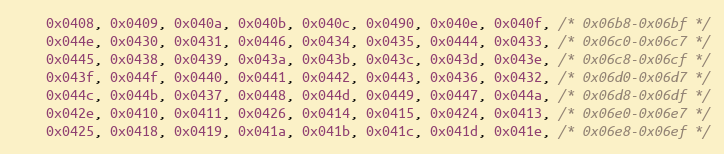
Language: C
    0x0408, 0x0409, 0x040a, 0x040b, 0x040c, 0x0490, 0x040e, 0x040f, /* 0x06b8-0x06bf */
    0x044e, 0x0430, 0x0431, 0x0446, 0x0434, 0x0435, 0x0444, 0x0433, /* 0x06c0-0x06c7 */
    0x0445, 0x0438, 0x0439, 0x043a, 0x043b, 0x043c, 0x043d, 0x043e, /* 0x06c8-0x06cf */
    0x043f, 0x044f, 0x0440, 0x0441, 0x0442, 0x0443, 0x0436, 0x0432, /* 0x06d0-0x06d7 */
    0x044c, 0x044b, 0x0437, 0x0448, 0x044d, 0x0449, 0x0447, 0x044a, /* 0x06d8-0x06df */
    0x042e, 0x0410, 0x0411, 0x0426, 0x0414, 0x0415, 0x0424, 0x0413, /* 0x06e0-0x06e7 */
    0x0425, 0x0418, 0x0419, 0x041a, 0x041b, 0x041c, 0x041d, 0x041e, /* 0x06e8-0x06ef */